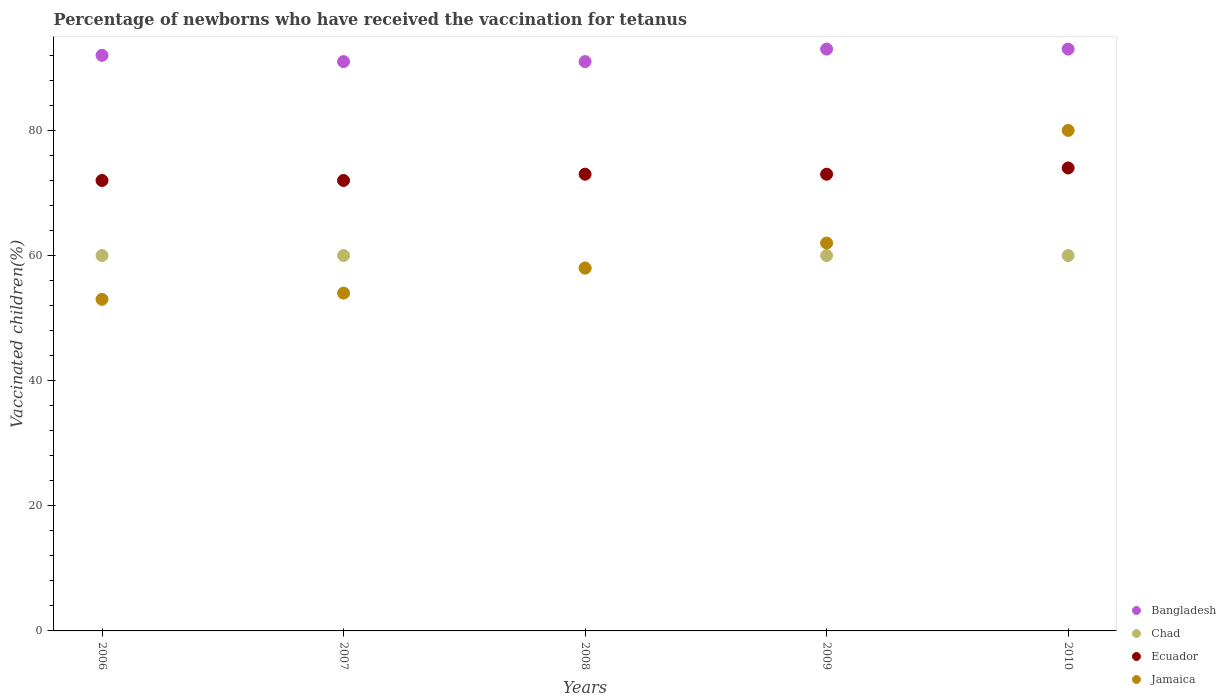
| Years | Bangladesh | Chad | Ecuador | Jamaica |
 | --- | --- | --- | --- | --- |
 | 2006 | 92 | 60 | 72 | 53 |
 | 2007 | 91 | 60 | 72 | 54 |
 | 2008 | 91 | 58 | 73 | 58 |
 | 2009 | 93 | 60 | 73 | 62 |
 | 2010 | 93 | 60 | 74 | 80 |